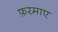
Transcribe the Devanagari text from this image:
फ़रमाए